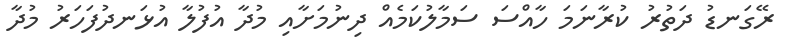
ރޭގަނޑު ދަތުރު ކުރާނަމަ ހާއްސަ ސަމާލުކަމެއް ދިނުމަށާއި މުދާ އުފުލާ އުޅަނދުފަހަރު މުދާ